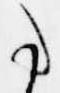
事